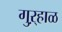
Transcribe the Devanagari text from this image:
गुऱ्हाळ